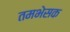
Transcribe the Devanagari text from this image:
तमभेसक